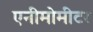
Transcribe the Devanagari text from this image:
एनीमोमीटर